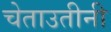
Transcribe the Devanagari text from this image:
चेताउतीनी